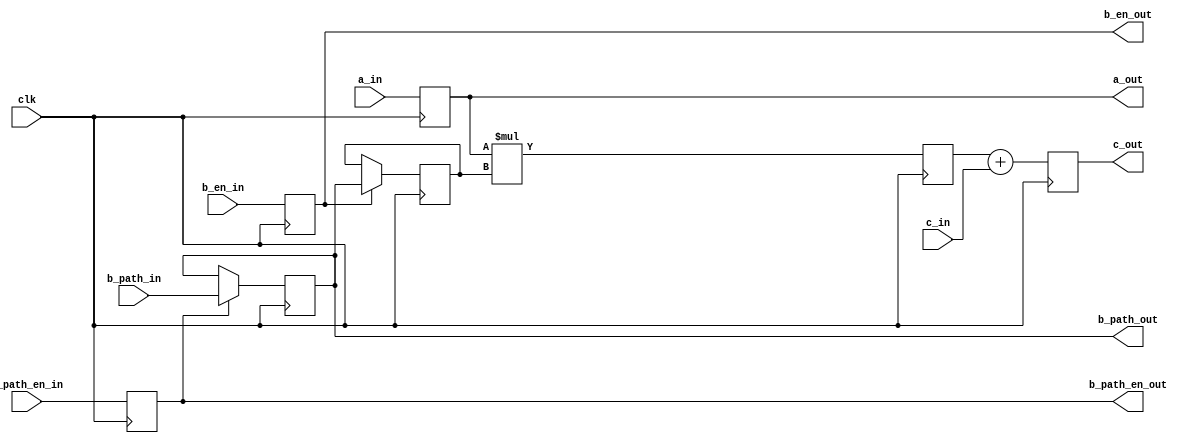
`timescale 1ns/1ps
module pe #(
  parameter integer  INP_DATA_WIDTH                    = 8,
  parameter integer  WGT_DATA_WIDTH                    = 8,
  parameter integer  MULT_OUT_WIDTH               = INP_DATA_WIDTH + WGT_DATA_WIDTH,
  parameter integer  PE_OUT_WIDTH                 = MULT_OUT_WIDTH

) (
  input  wire                                         clk,
  // input  wire                                         reset_n,
  input  wire  [ INP_DATA_WIDTH       -1 : 0 ]        a_in,
  output wire  [ INP_DATA_WIDTH       -1 : 0 ]        a_out,  
  // input  wire  [ WGT_DATA_WIDTH            -1 : 0 ]        b_in,
  // output wire  [ WGT_DATA_WIDTH            -1 : 0 ]        b_out,  
  input  wire                                         b_en_in,
  output wire                                         b_en_out,    
  input  wire  [ WGT_DATA_WIDTH       -1 : 0 ]        b_path_in,
  output wire  [ WGT_DATA_WIDTH       -1 : 0 ]        b_path_out, 
  input  wire                                         b_path_en_in,
  output wire                                         b_path_en_out,   
  // input  wire                                         b_mode_in,
  // output wire                                         b_mode_out,       
  input wire  signed  [ PE_OUT_WIDTH         -1 : 0 ]        c_in,
  output wire signed  [ PE_OUT_WIDTH         -1 : 0 ]        c_out
);

  reg signed [ PE_OUT_WIDTH       -1 : 0 ]            mult_out_reg;
  reg signed [ PE_OUT_WIDTH       -1 : 0 ]            mult_add_out;

  reg signed [ INP_DATA_WIDTH            -1 : 0 ]            a_reg;
  reg signed [ WGT_DATA_WIDTH            -1 : 0 ]            b_reg;
  reg [ WGT_DATA_WIDTH            -1 : 0 ]            b_path_reg;
  // reg                                                 b_mode_reg;
  reg                                                 b_en_reg;
  reg                                                 b_path_en_reg;

  assign a_out = a_reg;
  // assign b_out = b_reg;
  // assign b_mode_out = b_mode_reg;
  assign b_en_out = b_en_reg;
  assign b_path_en_out = b_path_en_reg;
  assign b_path_out = b_path_reg;
  assign c_out = mult_add_out;  

  always @(posedge clk)
  begin
    a_reg <= a_in;
    // b_mode_reg <= b_mode_in;
    b_en_reg <= b_en_in;
    b_path_en_reg <= b_path_en_in;
  end

  always @(posedge clk)
  begin
    if (b_path_en_reg)
      b_path_reg <= b_path_in;
    else
      b_path_reg <= b_path_reg;
  end

  always @(posedge clk)
  begin
    if (b_en_reg)
      // if (b_mode_reg)
      //   b_reg <= b_in;
      // else
        b_reg <= b_path_reg;
    else
      b_reg <= b_reg;
  end

  always @(posedge clk)
  begin
    mult_out_reg <= a_reg * b_reg;
    mult_add_out <= mult_out_reg + c_in;
  end
endmodule